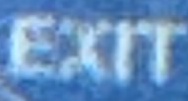
Exit